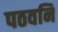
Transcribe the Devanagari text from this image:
पठवनि